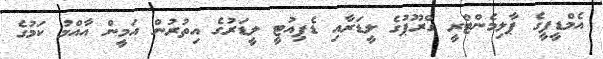
އެމްޑީޕީގެ ޕާލިމެންޓްރީ ގްރޫޕުގެ ލީޑަރާއި ޑެޕިއުޓީ ލީޑަރުގެ އިތުރުން އަމީން އާއްމު ކަމުގެ